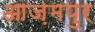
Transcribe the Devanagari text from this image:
आज़मपुर